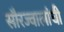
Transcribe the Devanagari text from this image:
सौरज्वालांची